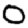
Digit: 0